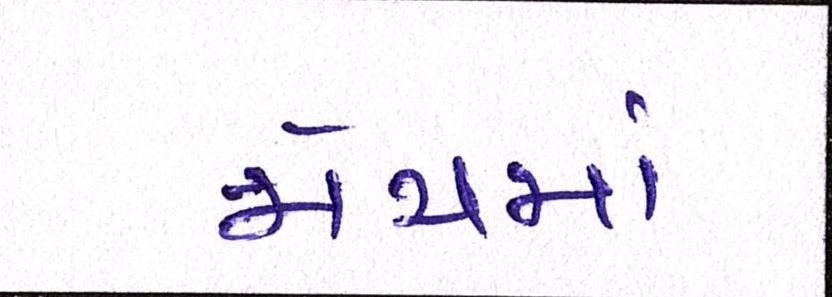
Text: મેચમાં